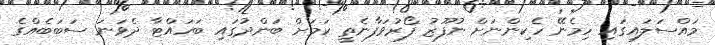
މައްސަލައިގައި ހިމެނޭ ހެކިންނަށް ނުފޫޒު ފޯރުވަފާނެތީ ކަމަށް ބަންދުގައި ބަހައްޓާ ދެވަނަ ސަބަބެއްގެ